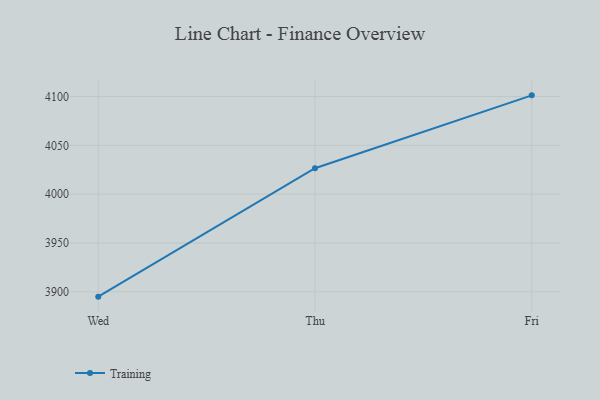
{"axis": {"x": "Day", "y": "Demand Index"}, "legend": ["Training"], "data": [{"x": "Wed", "y": 3895.0, "type": "Training"}, {"x": "Thu", "y": 4026.6, "type": "Training"}, {"x": "Fri", "y": 4101.2, "type": "Training"}]}